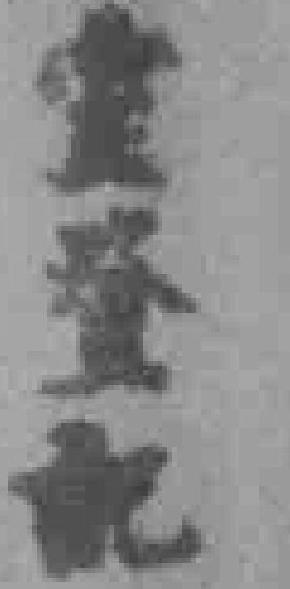
*登記